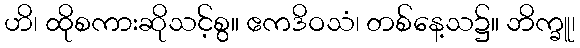
ဟိ၊ ထိုစကားဆိုသင့်စွ။ ဧကဒိဝသံ၊ တစ်နေ့သ၌။ ဘိက္ခူ၊